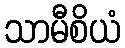
သာမီစိယံ